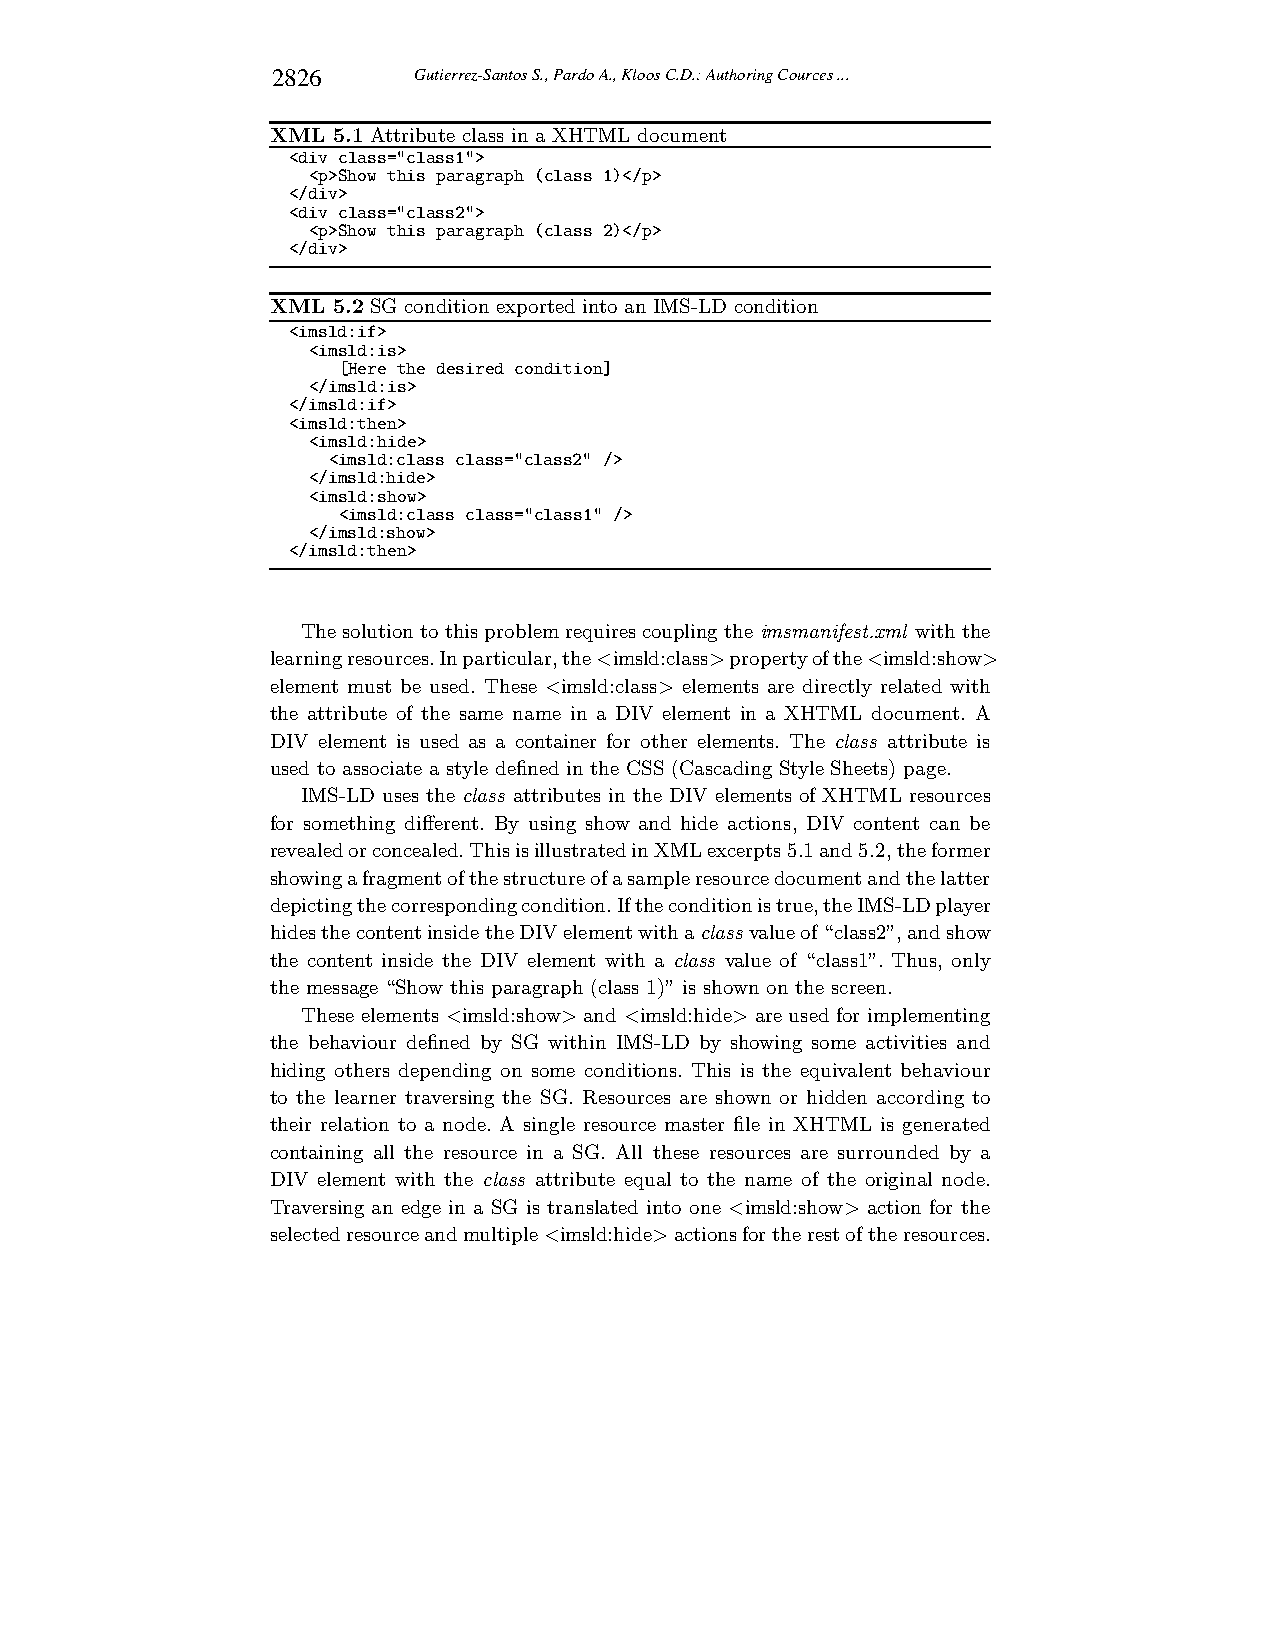
2826     Gutierrez-Santos S., Pardo A., Kloos C.D.: Authoring Cources ...
 XML 5.1 Attribute class in a XHTML document
 <div class="class1">
 <p>Show this paragraph (class 1)</p>
 </div>
 <div class="class2">
 <p>Show this paragraph (class 2)</p>
 </div>
 XML 5.2 SG condition exported into an IMS-LD condition
 <imsld:if>
 <imsld:is>
 [Here the desired condition]
 </imsld:is>
 </imsld:if>
 <imsld:then>
 <imsld:hide>
 <imsld:class class="class2" />
 </imsld:hide>
 <imsld:show>
 <imsld:class class="class1" />
 </imsld:show>
 </imsld:then>
 Thesolutionto this problemrequirescouplingtheimsmanifest.xml withthe
 learningresources.Inparticular,the<imsld:class>propertyofthe<imsld:show>
 element must be used. These <imsld:class> elements are directly related with
 the attribute of the same name in a DIV element in a XHTML document. A
 DIV element is used as a container for other elements. The class attribute is
 used to associate a style defined in the CSS (Cascading Style Sheets) page.
 IMS-LD uses the class attributes in the DIV elements of XHTML resources
 for something different. By using show and hide actions, DIV content can be
 revealedorconcealed.ThisisillustratedinXMLexcerpts5.1and5.2,theformer
 showingafragmentofthestructureofasampleresourcedocumentandthelatter
 depictingthecorrespondingcondition.Iftheconditionistrue,theIMS-LDplayer
 hidesthecontentinsidetheDIVelementwithaclass valueof“class2”,andshow
 the content inside the DIV element with a class value of “class1”. Thus, only
 the message “Show this paragraph(class 1)” is shown on the screen.
 These elements <imsld:show> and <imsld:hide> are used for implementing
 the behaviour defined by SG within IMS-LD by showing some activities and
 hiding others depending on some conditions. This is the equivalent behaviour
 to the learner traversing the SG. Resources are shown or hidden according to
 their relation to a node. A single resource master file in XHTML is generated
 containing all the resource in a SG. All these resources are surrounded by a
 DIV element with the class attribute equal to the name of the original node.
 Traversing an edge in a SG is translated into one <imsld:show> action for the
 selectedresourceandmultiple<imsld:hide>actionsfortherestoftheresources.